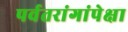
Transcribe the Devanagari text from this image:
पर्वतरांगांपेक्षा